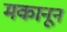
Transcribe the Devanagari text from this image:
मकानून